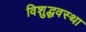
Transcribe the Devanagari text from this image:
विशुद्धवस्था